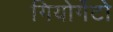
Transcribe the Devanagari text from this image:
गियोर्गेटो